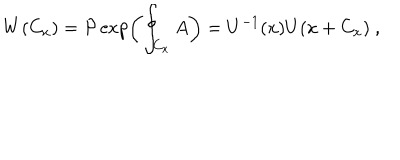
LaTeX: W ( C _ { x } ) = { \mathcal { P } } \exp \left( \oint _ { C _ { x } } A \right) = U ^ { - 1 } ( x ) U ( x + C _ { x } ) ~ ,